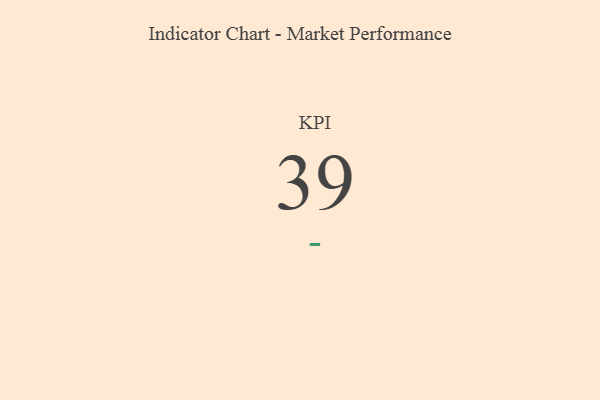
{"axis": {"x": "KPI", "y": "Value"}, "legend": [""], "data": [{"x": "KPI", "y": 39, "type": ""}]}